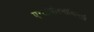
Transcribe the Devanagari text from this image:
एन्थ्रोपोरनीथिनाई